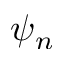
\psi _ { n }